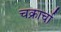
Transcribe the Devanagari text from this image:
चक्रार्चा